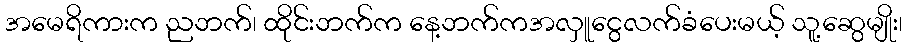
အမေရိကားက ညဘက်၊ ထိုင်းဘက်က နေ့ဘက်ကအလှူငွေလက်ခံပေးမယ့် သူ့ဆွေမျိုး၊